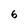
Character: 6